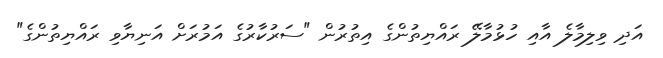
އަދި ވިލިމާލެ އާއި ހުޅުމާލޭ ރައްޔިތުންގެ އިތުރުން "ސަރުކާރުގެ އަމުރަށް އަނިޔާވި ރައްޔިތުންގެ"